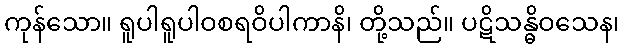
ကုန်သော။ ရူပါရူပါဝစရဝိပါကာနိ၊ တို့သည်။ ပဋိသန္ဓိဝသေန၊